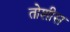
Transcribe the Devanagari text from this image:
तोशीस